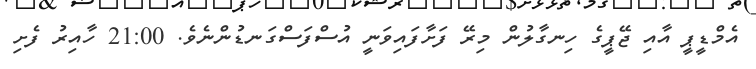
އެމްޑީޕީ އާއި ޖޭޕީގެ ހިނގާލުން މިރޭ ފަށާފައިވަނީ އުސްފަސްގަނޑުންނެވެ. 21:00 ހާއިރު ފެށި